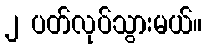
၂ ပတ်လုပ်သွားမယ်။